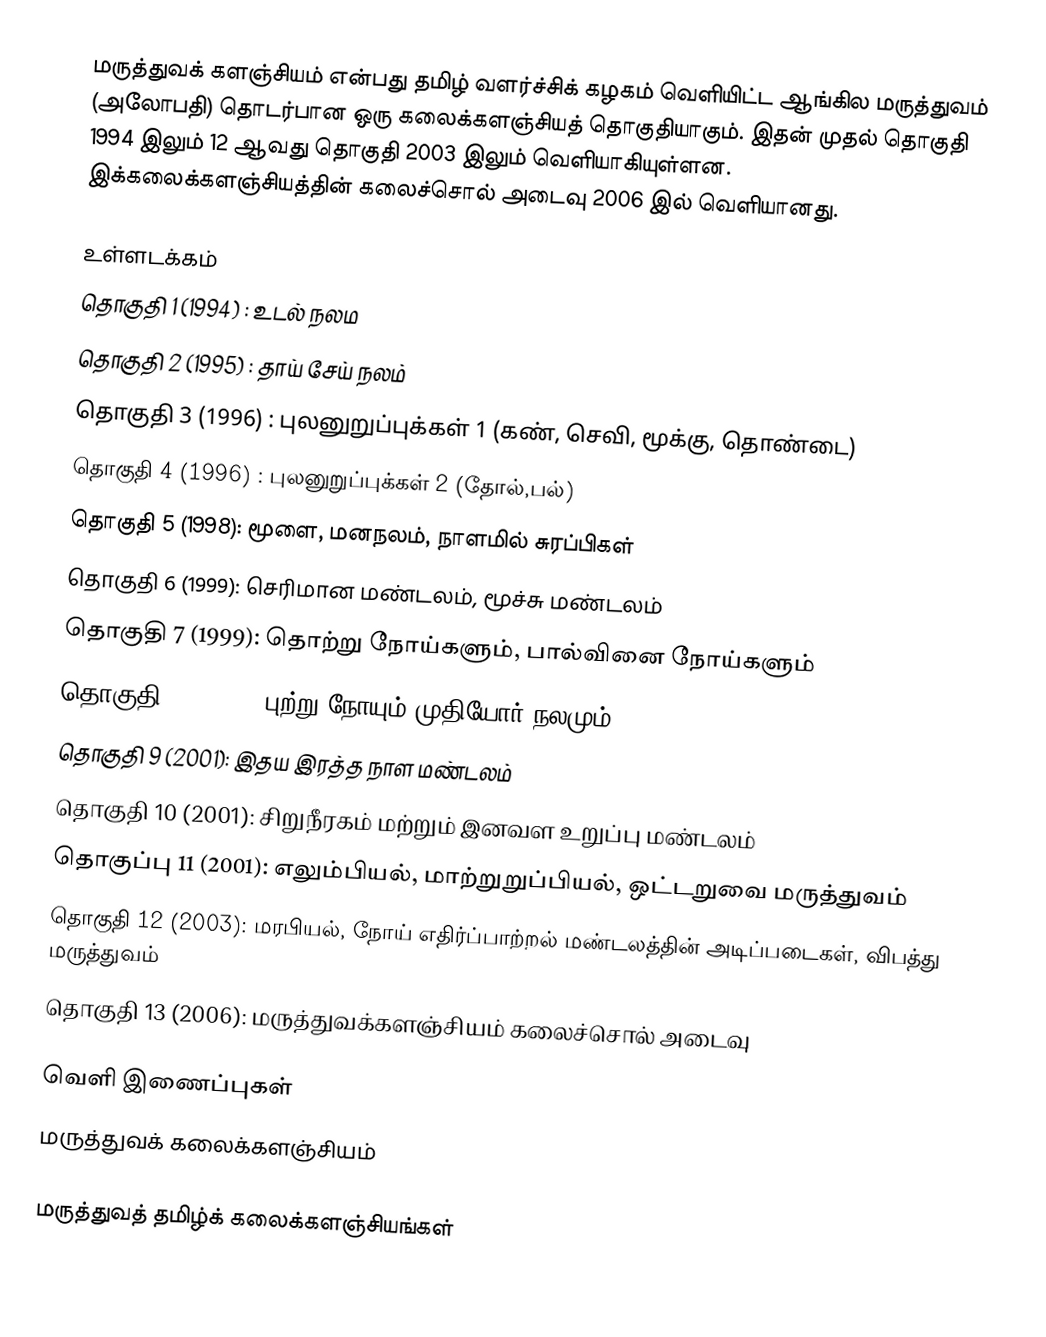
மருத்துவக் களஞ்சியம் என்பது தமிழ் வளர்ச்சிக் கழகம் வெளியிட்ட ஆங்கில மருத்துவம் (அலோபதி) தொடர்பான ஒரு கலைக்களஞ்சியத் தொகுதியாகும். இதன் முதல் தொகுதி 1994 இலும் 12 ஆவது தொகுதி 2003 இலும் வெளியாகியுள்ளன. இக்கலைக்களஞ்சியத்தின் கலைச்சொல் அடைவு 2006 இல் வெளியானது.

உள்ளடக்கம்
 தொகுதி 1 (1994) : உடல் நலம
 தொகுதி 2 (1995) : தாய் சேய் நலம்
 தொகுதி 3 (1996) : புலனுறுப்புக்கள் 1 (கண், செவி, மூக்கு, தொண்டை)
 தொகுதி 4 (1996) : புலனுறுப்புக்கள் 2 (தோல்,பல்)
 தொகுதி 5 (1998): மூளை, மனநலம், நாளமில் சுரப்பிகள்
 தொகுதி 6 (1999): செரிமான மண்டலம், மூச்சு மண்டலம்
 தொகுதி 7 (1999): தொற்று நோய்களும், பால்வினை நோய்களும்
 தொகுதி 8 (1999): புற்று நோயும் முதியோர் நலமும்
 தொகுதி 9 (2001): இதய இரத்த நாள மண்டலம்
 தொகுதி 10 (2001): சிறுநீரகம் மற்றும் இனவள உறுப்பு மண்டலம்
 தொகுப்பு 11 (2001): எலும்பியல், மாற்றுறுப்பியல், ஒட்டறுவை மருத்துவம்
 தொகுதி 12 (2003): மரபியல், நோய் எதிர்ப்பாற்றல் மண்டலத்தின் அடிப்படைகள், விபத்து மருத்துவம்
 தொகுதி 13 (2006): மருத்துவக்களஞ்சியம் கலைச்சொல் அடைவு

வெளி இணைப்புகள்
 மருத்துவக் கலைக்களஞ்சியம்

மருத்துவத் தமிழ்க் கலைக்களஞ்சியங்கள்